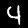
Label: 4